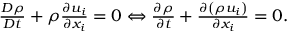
\begin{array} { r } { \frac { D \rho } { D t } + \rho \frac { \partial u _ { i } } { \partial x _ { i } } = 0 \Leftrightarrow \frac { \partial \rho } { \partial t } + \frac { \partial \left( \rho u _ { i } \right) } { \partial x _ { i } } = 0 . } \end{array}